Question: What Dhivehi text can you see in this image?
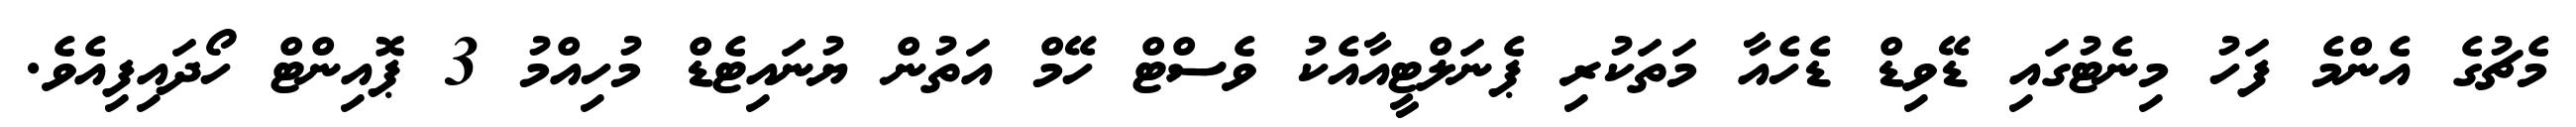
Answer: މެޗުގެ އެންމެ ފަހު މިނެޓުގައި ޑޭވިޑް ޑެހެއާ މަތަކުރި ޕެނަލްޓީއާއެކު ވެސްޓް ހޭމް އަތުން ޔުނައިޓެޑް މުހިއްމު 3 ޕޮއިންޓް ހޯދައިފިއެވެ.